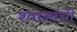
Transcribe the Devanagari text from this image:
श्वानांची